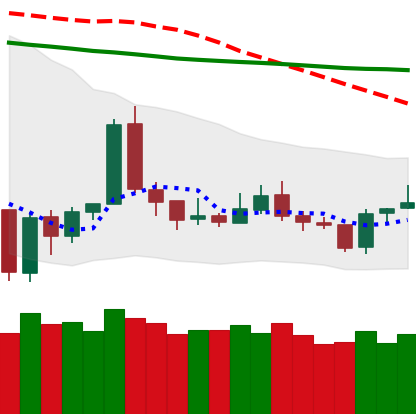
Ticker: TRX-USD
Chart end date: 2020-01-05
Forward return: 7.274%
Label: up_7plus